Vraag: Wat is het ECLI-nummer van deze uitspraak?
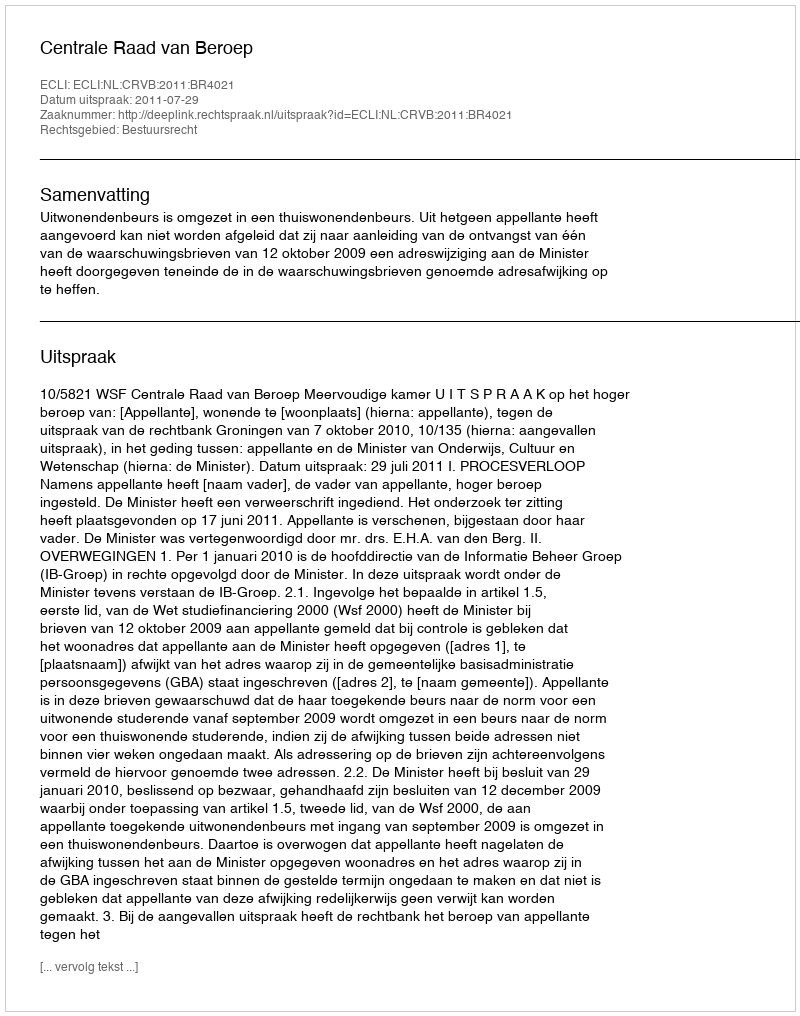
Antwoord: ECLI:NL:CRVB:2011:BR4021